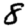
Digit: 8